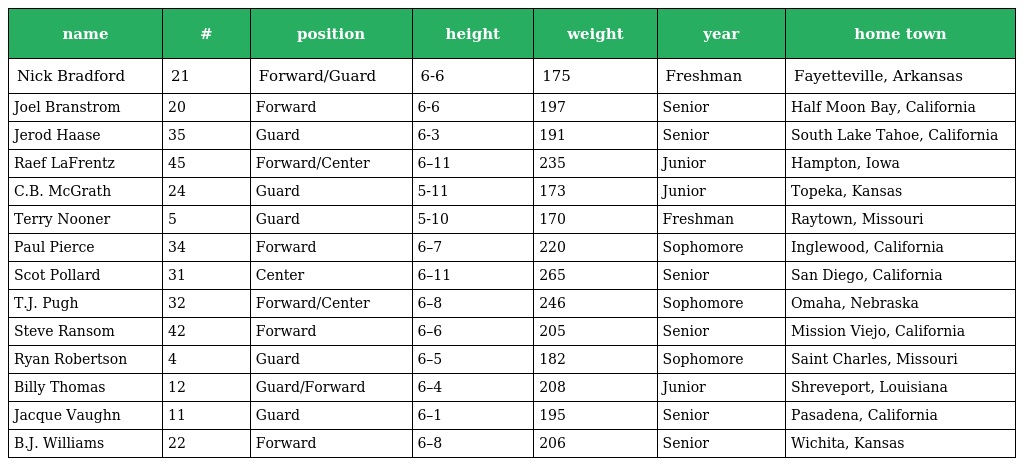
| name | # | position | height | weight | year | home town |
 | --- | --- | --- | --- | --- | --- | --- |
 | Nick Bradford | 21 | Forward/Guard | 6-6 | 175 | Freshman | Fayetteville, Arkansas |
 | Joel Branstrom | 20 | Forward | 6-6 | 197 | Senior | Half Moon Bay, California |
 | Jerod Haase | 35 | Guard | 6-3 | 191 | Senior | South Lake Tahoe, California |
 | Raef LaFrentz | 45 | Forward/Center | 6–11 | 235 | Junior | Hampton, Iowa |
 | C.B. McGrath | 24 | Guard | 5-11 | 173 | Junior | Topeka, Kansas |
 | Terry Nooner | 5 | Guard | 5-10 | 170 | Freshman | Raytown, Missouri |
 | Paul Pierce | 34 | Forward | 6–7 | 220 | Sophomore | Inglewood, California |
 | Scot Pollard | 31 | Center | 6–11 | 265 | Senior | San Diego, California |
 | T.J. Pugh | 32 | Forward/Center | 6–8 | 246 | Sophomore | Omaha, Nebraska |
 | Steve Ransom | 42 | Forward | 6–6 | 205 | Senior | Mission Viejo, California |
 | Ryan Robertson | 4 | Guard | 6–5 | 182 | Sophomore | Saint Charles, Missouri |
 | Billy Thomas | 12 | Guard/Forward | 6–4 | 208 | Junior | Shreveport, Louisiana |
 | Jacque Vaughn | 11 | Guard | 6–1 | 195 | Senior | Pasadena, California |
 | B.J. Williams | 22 | Forward | 6–8 | 206 | Senior | Wichita, Kansas |